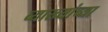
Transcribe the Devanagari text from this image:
व्याख्यांच्या